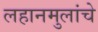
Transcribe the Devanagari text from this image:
लहानमुलांचे